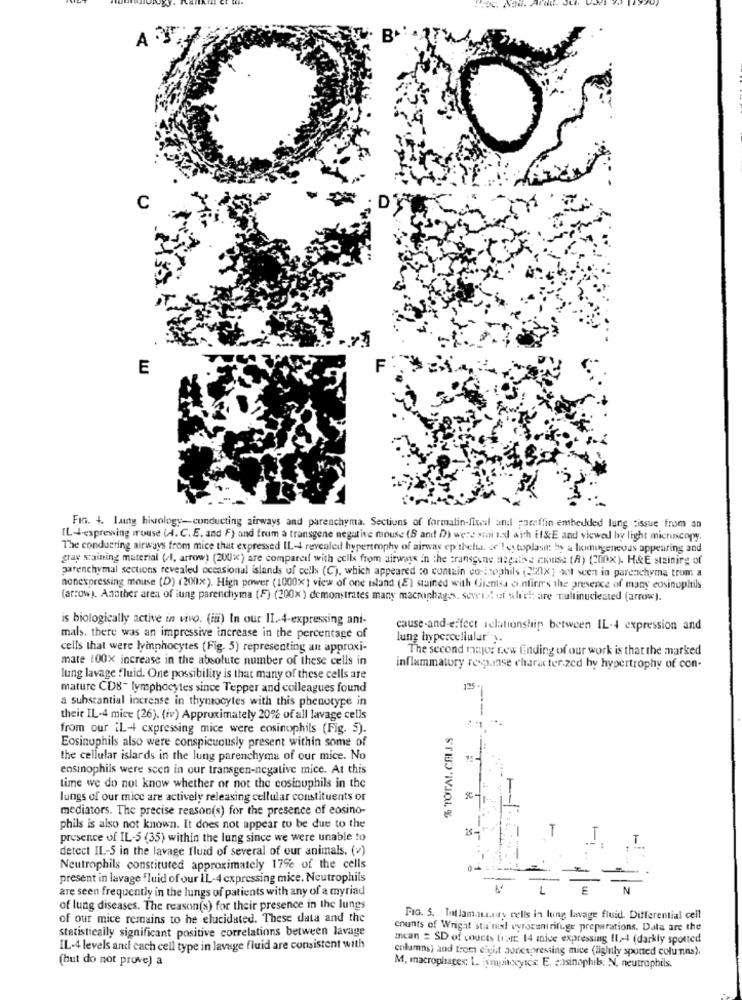
A 3.
C
E
FIG. 4. lung histology-conducting airways and parenchyma. Sections of formalin-fises and paraffin embedded lung tissue from an
[L-expressing rouse (A. C.E. and F) and from a transgene negative mouse (B and D) were sai sed with EI&E and viewed by light microscopy.
The conduering airways from mice that expressed IL-4 revealed hypertrophy of airway epithelial. of'! es toplase by a homogeneous appearing and
gray staining material (el, arrow) (200x) are compared with cells from airways In the transgene negatie chiuse (A) (200X). H&E staining of
parenchymal sections revealed occasional islands of cells (C), which appeared :o contain cosinophils (2X) oct seen in parenchyma trum a
nonexpressing mouse (D) (200x). High power (1000x) view of one island (E) stained with Giensa o.nfirm's the presence of many eosinoplnls
(arrow). Another area of iung parenchyma (F) (200x) demonstrates many macrophages, several uf shel: are multinuclested (arrow).
is biologically active in vivo. (iii) In our II .- 4-expressing ani-
cause-and-effect relationship between IL-4 expression and
mals, there was an impressive increase in the percentage of
lung brypercellular".
cells that were lymphocytes (Fig. 5) representing an approxi-
The second major rew Ending of our work is that the marked
mate 100x increase in the absolute number of these cells in
inflammatory response character.zed hy hypertrophy of con-
lung lavage fluid. One possibility is that many of these cells are
mature CD8- lymphocytes since Tepper and colleagues found
125
a substantial increase in thymocytes with this phenotype in
their IL-4 mice (26). (iv) Approximately 20% of all lavage cells
from our iL-4 expressing mice were cosinophils (Fig. 5).
Eosinophils also were conspicuously present within some of
the cellular islards in the lung parenchyma of our mice. No
ensinophils were scen in our transgen-negative mice. At this
time we do not know whether or not the cosinuphils in the
lungs of our mice are actively releasing cellular constituents or
mediators. The precise reason(s) for the presence of eosino-
phils is also not known. It does not appear to be due to the
presence of IL-5 (35) within the lung since we were unable to
detect IL-S in the lavage fluid of several of our animals. (v)
Neutrophils constituted approximately 17% of the cells
present in lavage fluid of our IL-4 cxpressing mice. Neutrophils
are seen frequently in the lungs of patients with any of a myriad
of lung diseases. The reason(s) for their presence in the lungs
of our mice remains to he elucidated. These data and the
FIG. 5. Intlam.muy cells in luing lavage fluid. Differential cell
Statistically significant positive correlations between lavage
counts of Wright stu ml vyrocentrifuge preparations. Data are the
mean = SD of counts frett: 14 anice expressing (1-4 (darkly spotted
IL-4 levels and cach cell type in lavage fluid are consistent with
columns; and trom exist aunespressing mice (lightly spotted columns).
(but do not prove) a
M, macrophages; L. ymuzineyses. E. casinophils. N, neutrophils.